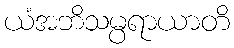
ယံအဘိသမ္ပရာယာတိ